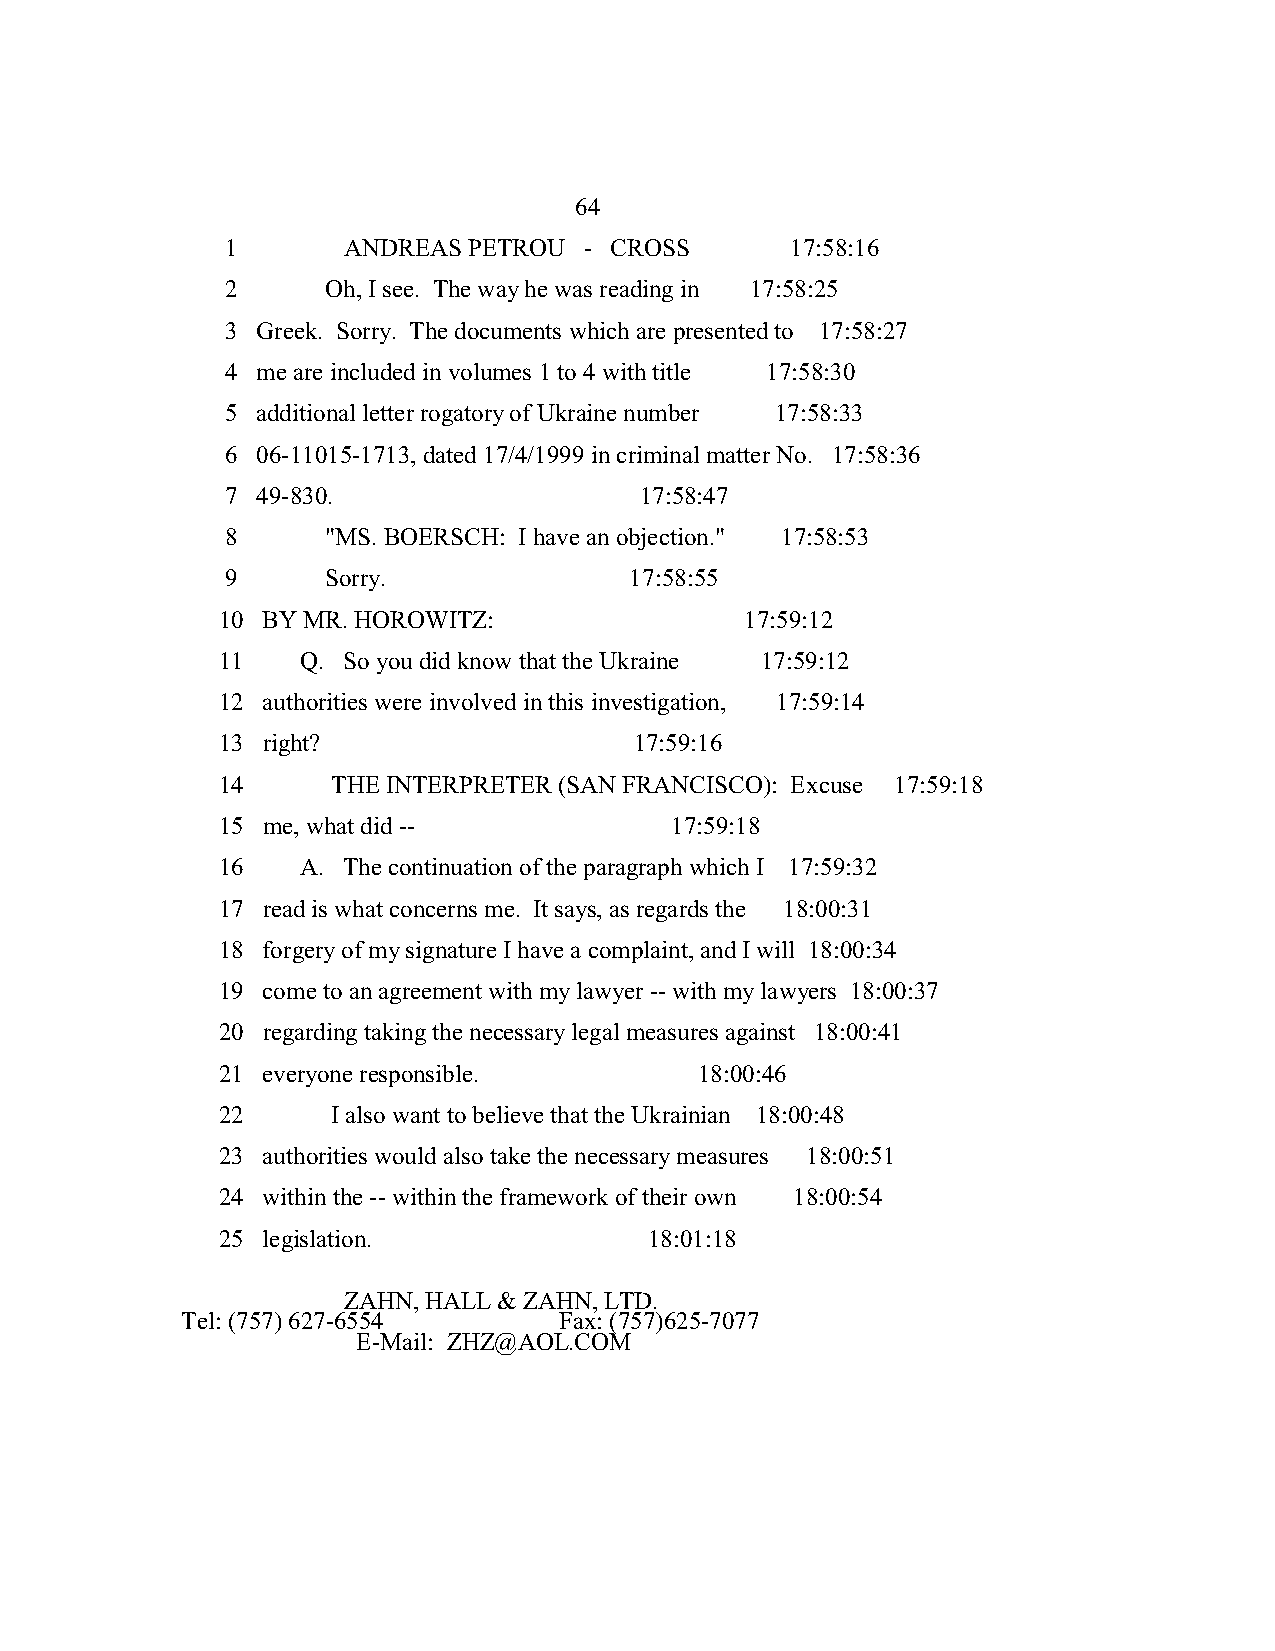
64
 1       ANDREAS PETROU  - CROSS      17:58:16
 2      Oh, I see. The way he was reading in 17:58:25
 3 Greek. Sorry. The documents which are presented to 17:58:27
 4 me are included in volumes 1 to 4 with title 17:58:30
 5 additional letter rogatory of Ukraine number 17:58:33
 6 06-11015-1713, dated 17/4/1999 in criminal matter No. 17:58:36
 7 49-830.                  17:58:47
 8      "MS. BOERSCH: I have an objection." 17:58:53
 9      Sorry.              17:58:55
 10 BY MR. HOROWITZ:                17:59:12
 11    Q. So you did know that the Ukraine 17:59:12
 12 authorities were involved in this investigation, 17:59:14
 13 right?                   17:59:16
 14      THE INTERPRETER (SAN FRANCISCO): Excuse 17:59:18
 15 me, what did --            17:59:18
 16    A. The continuation of the paragraph which I 17:59:32
 17 read is what concerns me. It says, as regards the 18:00:31
 18 forgery of my signature I have a complaint, and I will 18:00:34
 19 come to an agreement with my lawyer -- with my lawyers 18:00:37
 20 regarding taking the necessary legal measures against 18:00:41
 21 everyone responsible.        18:00:46
 22      I also want to believe that the Ukrainian 18:00:48
 23 authorities would also take the necessary measures 18:00:51
 24 within the -- within the framework of their own 18:00:54
 25 legislation.              18:01:18
 ZAHN, HALL & ZAHN, LTD.
 Tel: (757) 627-6554      Fax: (757)625-7077
 E-Mail: ZHZ@AOL.COM